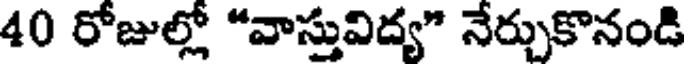
40 రోజుల్లో "వాస్తువిద్య" నేర్చుకొనండి